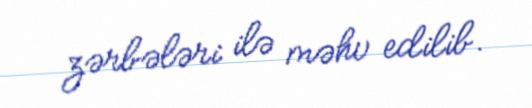
zərbələri ilə məhv edilib.